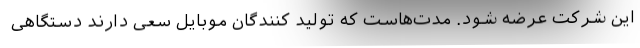
این شرکت عرضه شود. مدت‌هاست که تولید کنندگان موبایل سعی دارند دستگاهی